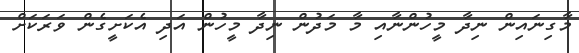
މާގިނައިން ނިދާ މީހުންނާއި މާ މަދުން ނިދާ މީހުން އަދި އެކަށީގެން ވަރަކަށް